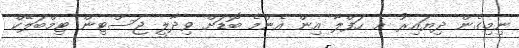
ނިމިގެން ދިޔައިރު އެ ހަފްލާ އިން އެންމެ ބޮޑަށް ވިދާލީ ޖަސްޓިން ޓިމްބަލޭކް